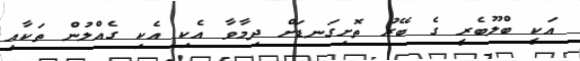
އަކީ ބްލޫބެރީ ގެ ބޭރު ތޮށިގަނޑަށް ދިމާވާ އެކި އެކި ގެއްލުން ތަކާއި